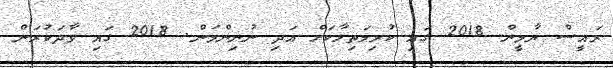
ރައީސް ޔާމީން 2018 ގައި ކުރިމަތިލާކަށް އަދި ނުނިންމަން. 2018 ގައި ވާދަކުރަން